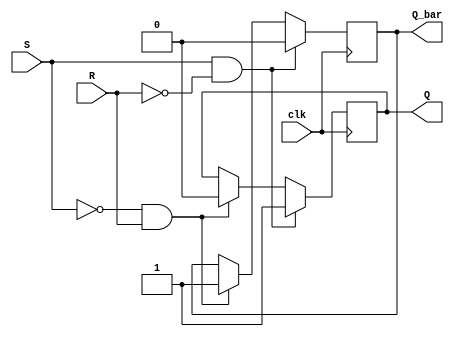
module sr_latch (
    input wire S,
    input wire R,
    input wire clk,
    output reg Q,
    output reg Q_bar
);

always @(posedge clk) begin
    if (S & !R) begin
        Q <= 1'b1;
        Q_bar <= 1'b0;
    end else if (!S & R) begin
        Q <= 1'b0;
        Q_bar <= 1'b1;
    end else begin
        Q <= Q;
        Q_bar <= Q_bar;
    end
end

endmodule